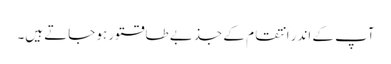
آپ کے اندر انتقام کے جذبے طاقتور ہو جاتے ہیں۔